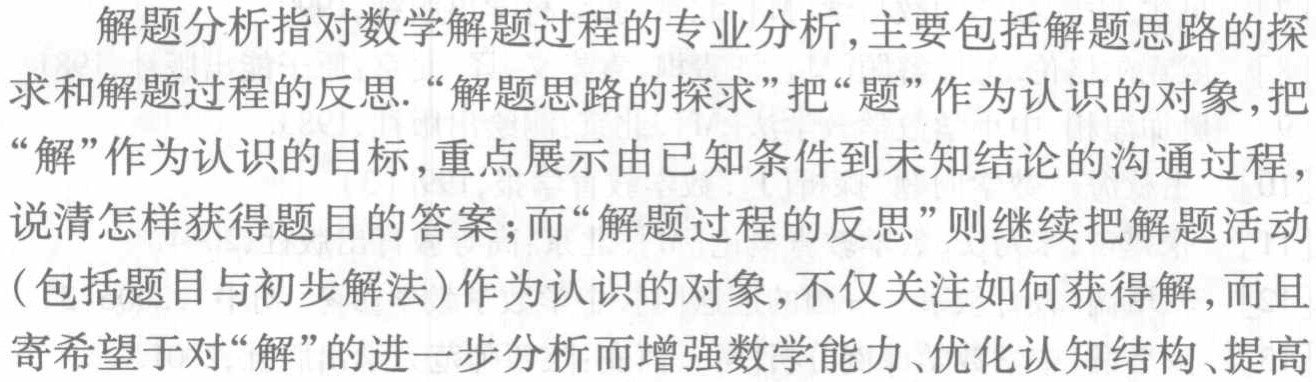
\[

\begin{align*}

&=50\times(5 - 1)\\

&=50\times4\\

&=200 (\text{公里})

\end{align*}

\]